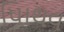
પાિથવ